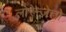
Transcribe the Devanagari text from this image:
लोरेन्ज़ेत्तो